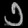
Digit: ၁